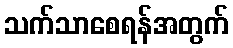
သက်သာစေရန်အတွက်